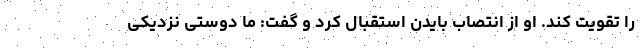
را تقویت کند. او از انتصاب بایدن استقبال کرد و گفت: ما دوستی نزدیکی